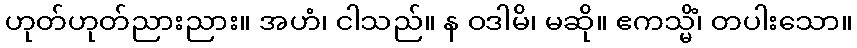
ဟုတ်ဟုတ်ညားညား။ အဟံ၊ ငါသည်။ န ဝဒါမိ၊ မဆို။ ဧကသ္မိံ၊ တပါးသော။